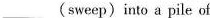
___(sweep)into a pile of